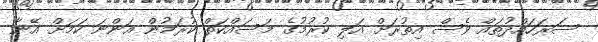
ސަރަހައްދުތައް ވެސް އިތުރަށް އަލި ކުރުމުގެ މަސައްކަތް ކުރަމުން އަންނަ ކަމަށް އޭނާ